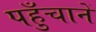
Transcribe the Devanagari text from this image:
पहुँचानें